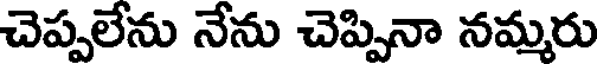
చెప్పలేను నేను చెప్పినా నమ్మరు